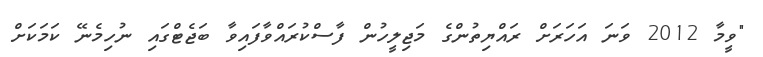
"ވީމާ 2012 ވަނަ އަހަރަށް ރައްޔިތުންގެ މަޖިލީހުން ފާސްކުރައްވާފައިވާ ބަޖެޓްގައި ނުހިމެނޭ ކަމަކަށް